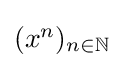
{\textstyle (x^{n})_{n\in \mathbb {N} }}